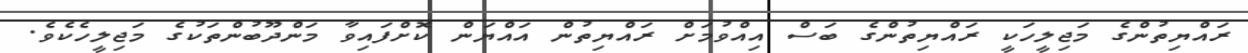
ރައްޔިތުންގެ މަޖިލީހަކީ ރައްޔިތުންގެ ބަސް އިއްވުމަށް ރައްޔިތުން އައްޔަން ކޮށްފައިވާ މަންދޫބުންތަކުގެ މަޖިލީހެކެވެ.